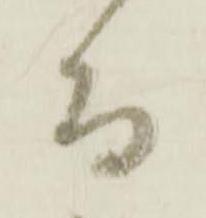
而